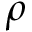
\rho